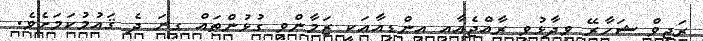
ރަޖީވް ޝަހާރޭ ވިދާޅުވީ ރާއްޖެއާއި އިންޑިއާއަކީ ޒަމާންވީ ގުޅުންތައް ގިނަ ދެ ޤައުމުކަމަށެވެ.